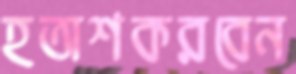
হতাশকরবেন